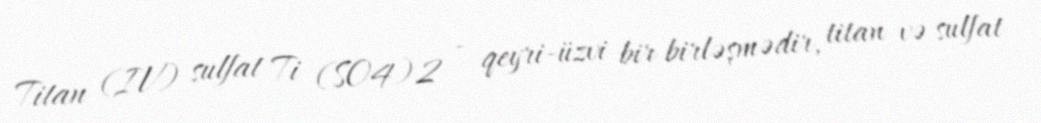
Titan (IV) sulfat Ti (SO4)2 - qeyri-üzvi bir birləşmədir, titan və sulfat